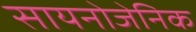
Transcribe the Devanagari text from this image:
सायनोजेनिक